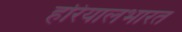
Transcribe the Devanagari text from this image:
हरियालभारत